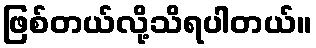
ဖြစ်တယ်လို့သိရပါတယ်။